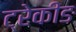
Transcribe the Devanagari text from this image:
ट्रेकीङ